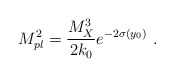
\begin{align*}M_{pl}^2 = {{M_X^3}\over\displaystyle {2k_0}} e^{-2\sigma(y_0)}~.~\,\end{align*}